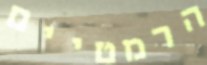
הרמטיים